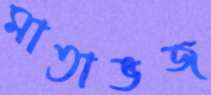
মাতাভজ